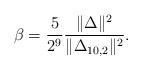
LaTeX: \begin{align*}\beta =\frac{5}{2^9} \frac{\Vert\Delta\Vert^2}{\Vert\Delta_{10, 2}\Vert^2}.\end{align*}